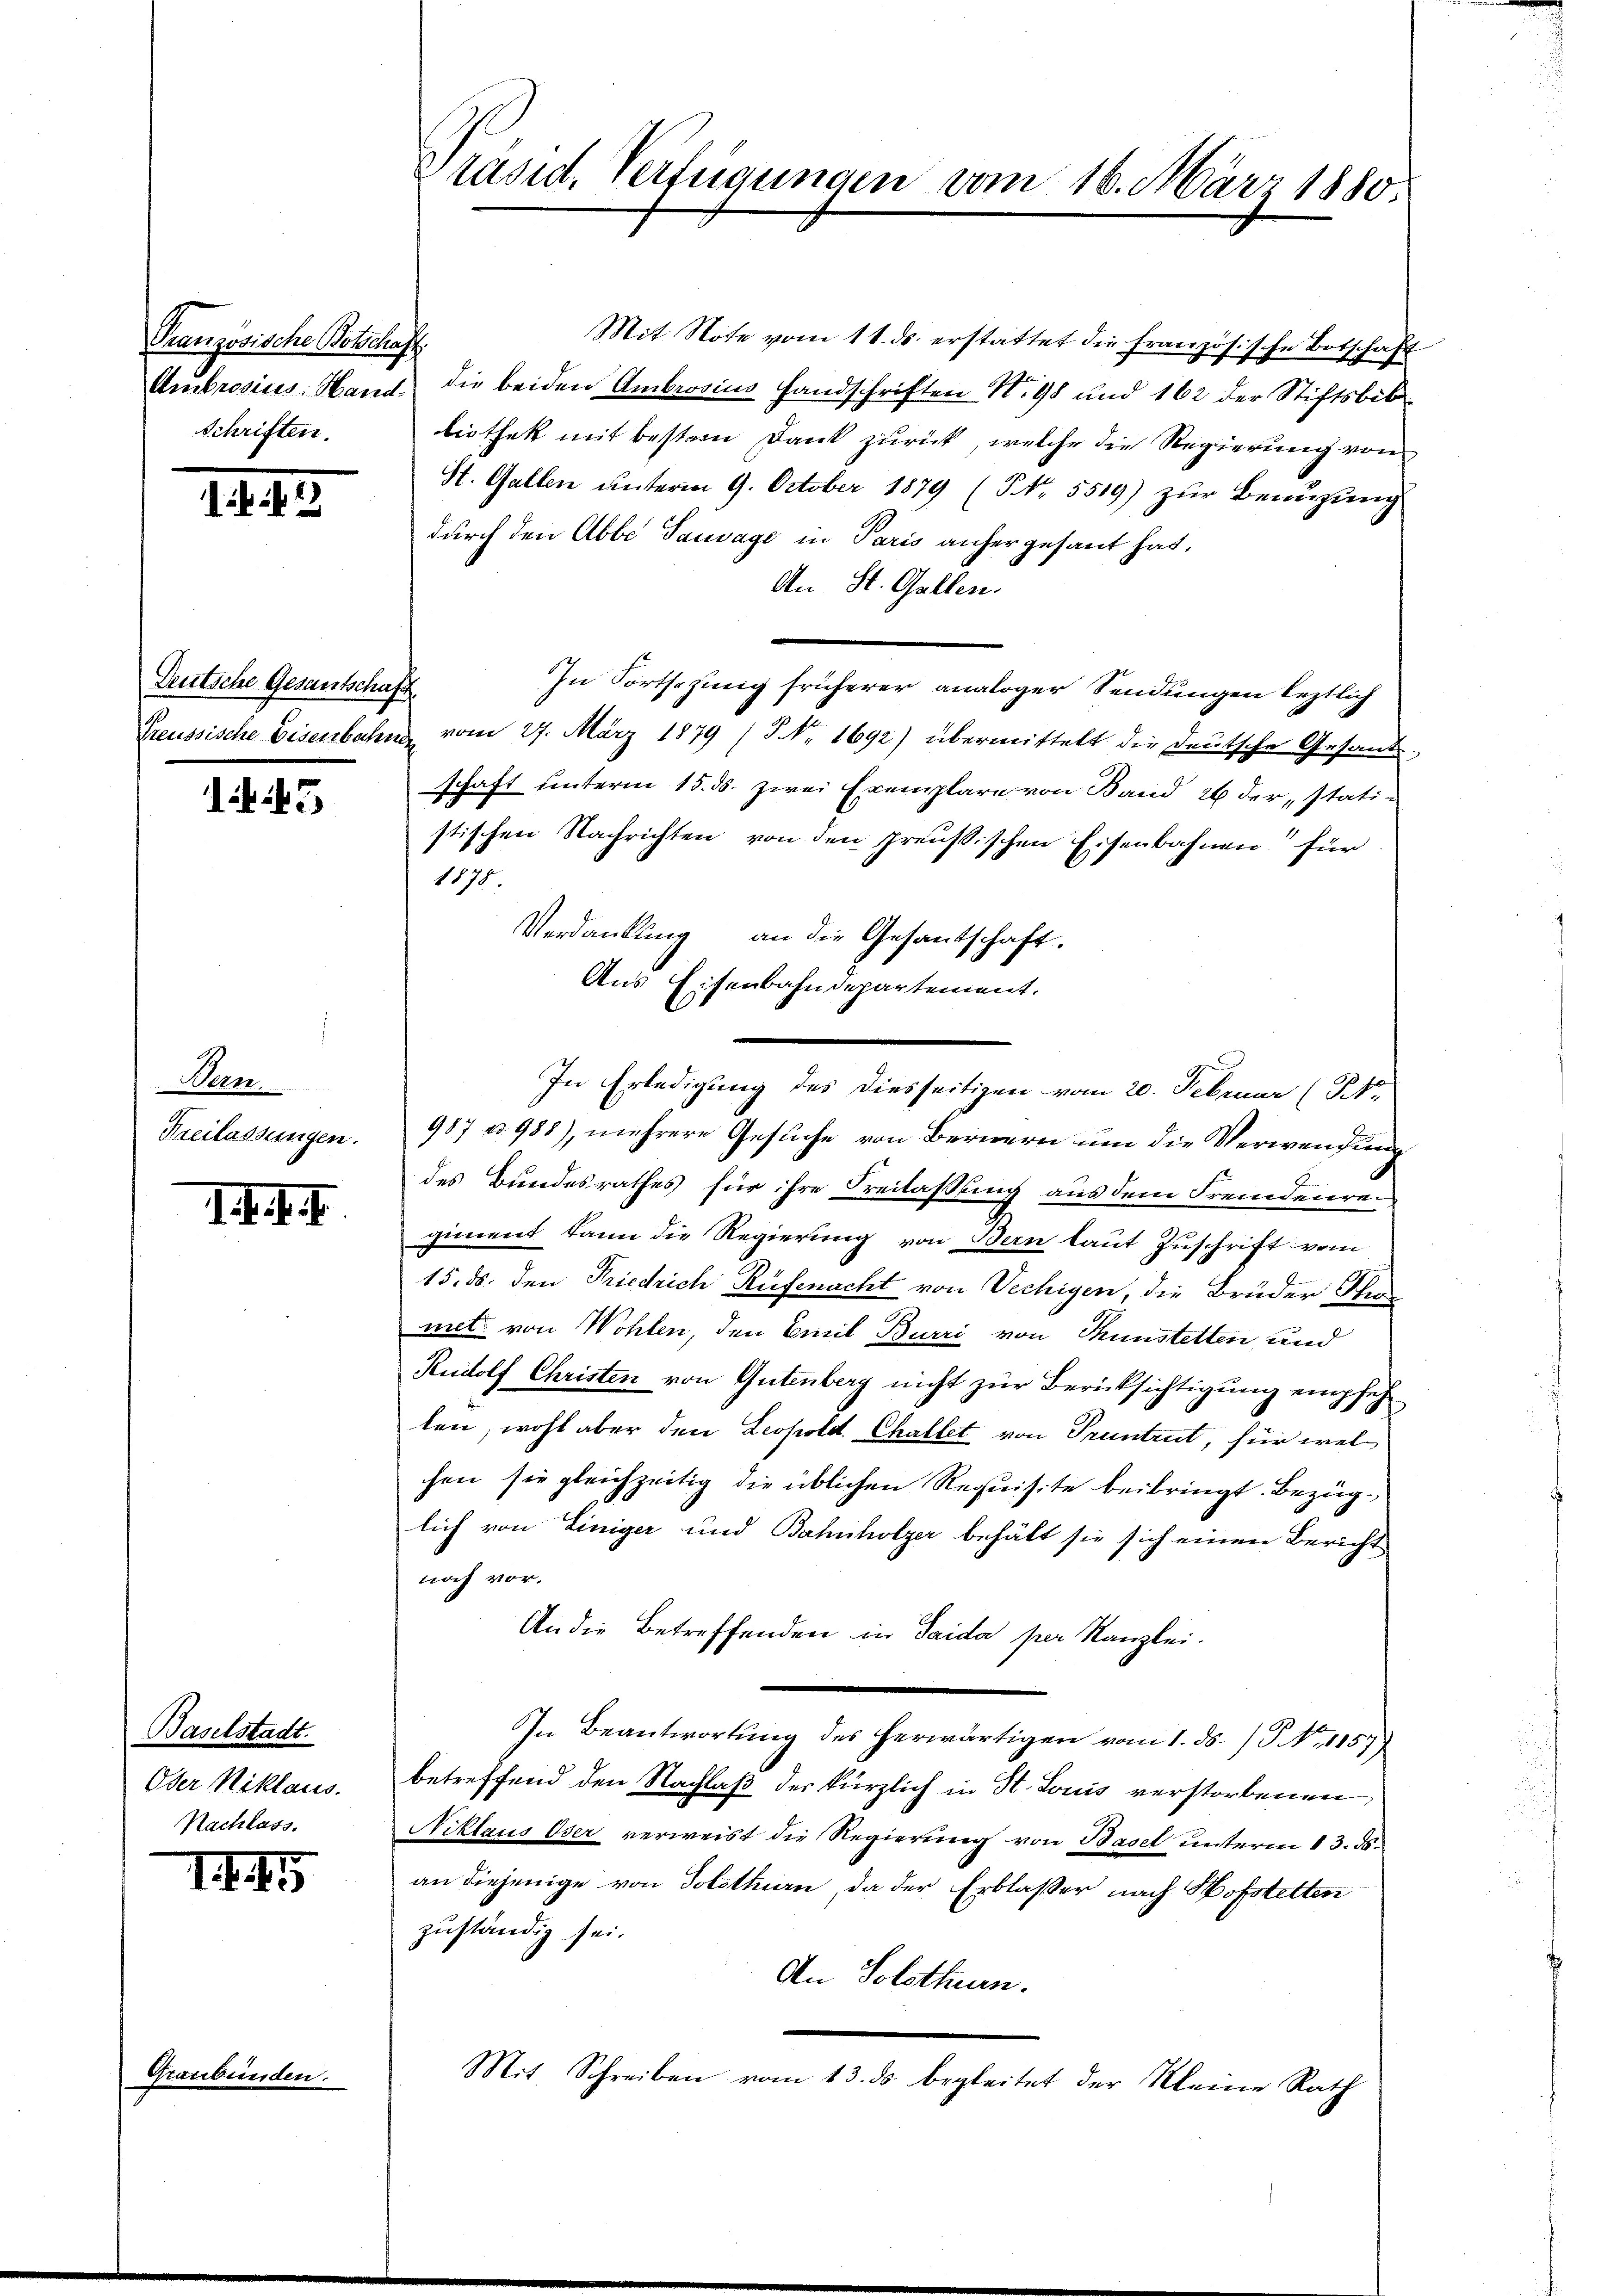
Französische Botschaft.
Schriften.

1445.

Deutsche Gesantschaft

43

Bern.
Freilassungen.

II. I. I

Baselstadt.
Oder Niklaus
Nachlass.

III

Graubünden.

Präsid. Verfügungen vom 16. März 1880.

Mit Note vom 11. ds. erstattet die Französische Botschaft
Ambrosius: Hand die beiden Ambrosius Handschriften No 98 und 162 der Stiftsbib
liothek mit bestern Dank zurück, welche die Regierung von
St. Gallen unterm 9. October 1879 (NNo. 5519) zur Benuzung
durch den Abbe Tauvage in Paris anher gesant hat.
An St. Gallen.
In Fortsezung früherer analoger Sendungen leztlich
Preussische Eisenbahn vom 27. März 1879 (NNo. 1692) übermittelt die deutsche Gesand
schaft unterm 15. ds. zwei Exemplare von Band 26 derstati-
stischen Nachrichten von den Preußischen Eisenbahnen für
1875.
Verdankung an die Gesantschaft.
Aus Eisenbahndepartement.
987 u. 988), mehrere Gesuche von Bernern um die Verwendung
des Bundesrathes für ihre Freilassung aus dem Fremdenrei
giment kann die Regierung von Bern laut Zuschrift vom
15. ds. den Friedrich Rüfenacht von Vechigen, die Brüder Sta
met von Wohlen, den Emil Burri von Thunstetten, und
Rudolf Christen von Gutenberg nicht zur Berücksichtigung empfehten, wohl aber den Leopold Challet von Pruntrut, für welchen sie gleichzeitig die üblichen Requisite beibringt. Bezüglich von Einiger und Bahnholzer behält sie sich einen Bericht
noch vor.
An die Betreffenden in Saida per Kanzlei.
In Beantwortung des herwärtigen vom 1. ds. (T. No. 1157
betreffend den Nachlaß der kürzlich in St. Louis verstorbenen
Niklaus Oser verweist die Regierung von Basel unterm 13. ds.
an diejenige von Solothurn, da der Erblasser nach Hofstetten
zuständig sei.
An Solothurn.
Mit Schreiben vom 10. d. begleitet der Kleine Rath

In Erledigung des diesseitigen vom 20. Februar (NNo.